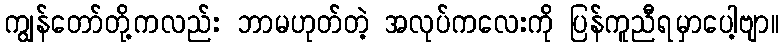
ကျွန်တော်တို့ကလည်း ဘာမဟုတ်တဲ့ အလုပ်ကလေးကို ပြန်ကူညီရမှာပေါ့ဗျာ။